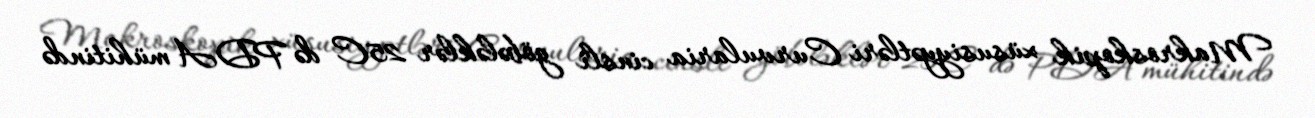
Makroskopik xüsusiyyətləri Curvularia cinsli göbələklər 25C də PDA mühitində